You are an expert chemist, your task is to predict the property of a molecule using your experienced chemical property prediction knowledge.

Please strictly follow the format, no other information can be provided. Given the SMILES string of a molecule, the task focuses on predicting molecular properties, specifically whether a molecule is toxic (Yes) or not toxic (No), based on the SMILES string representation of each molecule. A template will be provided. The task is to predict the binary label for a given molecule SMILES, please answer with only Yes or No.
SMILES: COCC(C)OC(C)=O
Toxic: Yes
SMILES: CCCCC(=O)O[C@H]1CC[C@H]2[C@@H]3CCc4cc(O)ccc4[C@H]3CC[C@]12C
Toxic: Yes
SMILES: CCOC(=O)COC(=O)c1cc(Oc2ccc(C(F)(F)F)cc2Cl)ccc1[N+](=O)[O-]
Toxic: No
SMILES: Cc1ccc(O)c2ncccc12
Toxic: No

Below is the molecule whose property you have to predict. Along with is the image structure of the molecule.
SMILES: C=C(C)C(N)=O
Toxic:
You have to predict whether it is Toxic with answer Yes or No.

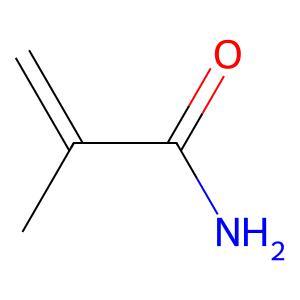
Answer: No